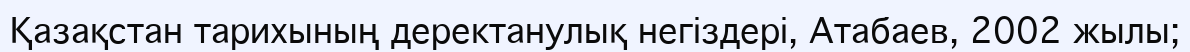
Қазақстан тарихының деректанулық негіздері, Атабаев, 2002 жылы;